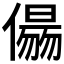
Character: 𠏑